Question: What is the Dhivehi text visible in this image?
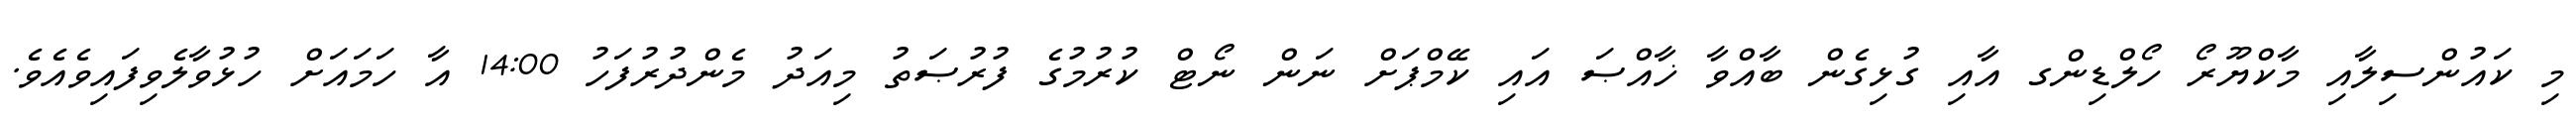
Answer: މި ކައުންސިލާއި މާކްޔޫރޯ ހޯލްޑިންގ އާއި ގުޅިގެން ބާއްވާ ޚާއްޞަ އައި ކޭމްޕަށް ނަން ނޯޓް ކުރުމުގެ ފުރުޞަތު މިއަދު މެންދުރުފަހު 14:00 އާ ހަމައަށް ހުޅުވާލެވިފައިވެއެވެ.